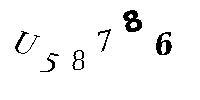
U58786